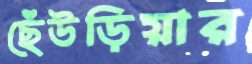
ছেঁউড়িয়ার